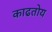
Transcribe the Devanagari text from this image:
काढतोय